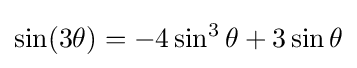
\sin(3\theta )=-4\sin ^{3}\theta +3\sin \theta